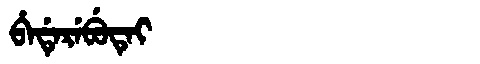
Manchu: ᠪᡝᡩᡝᡵᡝᠪᡠᡨᡝᡳ
Romanization: BEDEREBUTEI